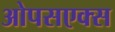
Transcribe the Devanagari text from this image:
ओपसएक्स